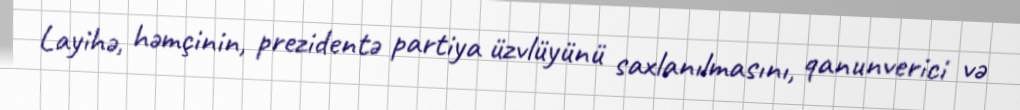
Layihə, həmçinin, prezidentə partiya üzvlüyünü saxlanılmasını, qanunverici və